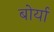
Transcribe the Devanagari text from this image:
बोर्या